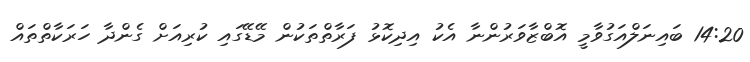
14:20 ބައިނަލްއަގުވާމީ އޮބްޒާވަރުންނާ އެކު އިދިކޮޅު ފަރާތްތަކުން މޭޑޭގައި ކުރިއަށް ގެންދާ ހަރަކާތްތައް